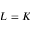
L = K